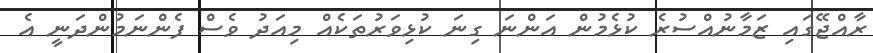
ރާއްޖޭގައި ޒަމާނުއްސުރެ ކުޅެމުން އަންނަ ގިނަ ކުޅިވަރުތަކެއް މިއަދު ވެސް ފެންނަމުންދަނީ އެ